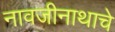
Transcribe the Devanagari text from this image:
नावजीनाथाचे